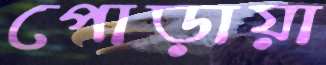
পোড়ায়া